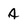
Character: a